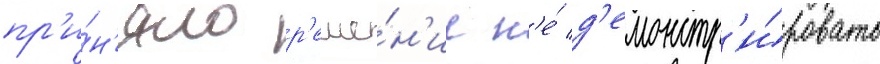
пр'и́н'яло р'еше́н'ие н'е́ д'емонстр'и́ровать